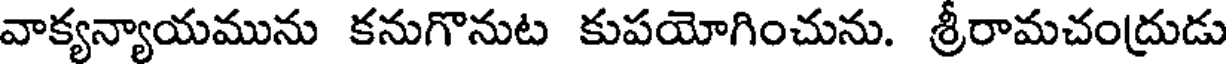
వాక్యన్యాయమును కనుగొనుట కుపయోగించును. శ్రీరామచంద్రుడు